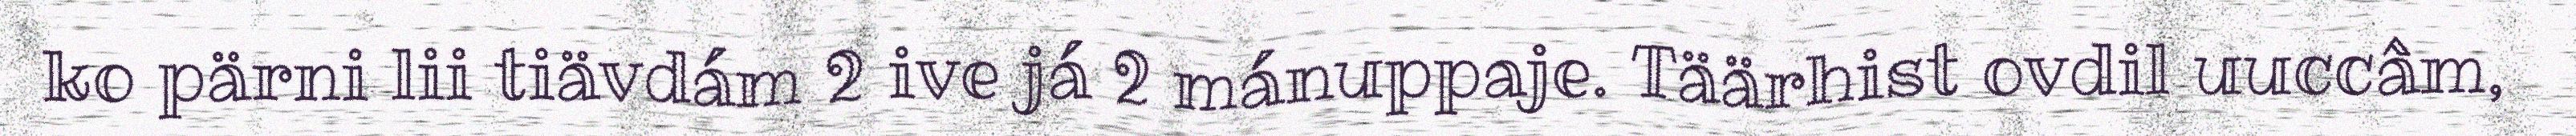
ko pärni lii tiävdám 2 ive já 2 mánuppaje. Täärhist ovdil uuccâm,